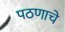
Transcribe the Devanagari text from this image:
पठणाचे